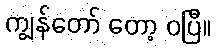
ကျွန်တော် တော့ ဝပြီ။